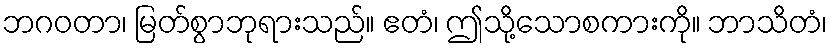
ဘဂဝတာ၊ မြတ်စွာဘုရားသည်။ ဧတံ၊ ဤသို့သောစကားကို။ ဘာသိတံ၊